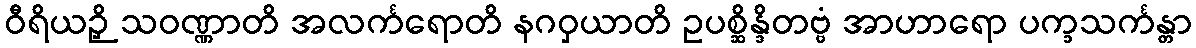
ဝီရိယဉှိ သဝဏ္ဏာတိ အလင်္ကရောတိ နဂဝှယာတိ ဥပစ္ဆိန္ဒိတဗ္ဗံ အာဟာရော ပက္ခသင်္ကန္တာ